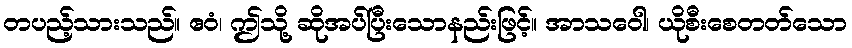
တပည့်သားသည်။ ဧဝံ၊ ဤသို့ ဆိုအပ်ပြီးသောနည်းဖြင့်။ အာသဝေါ၊ ယိုစီးစေတတ်သော